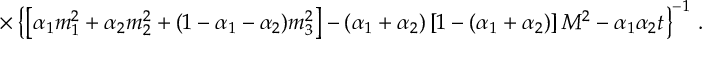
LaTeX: \times \left\{ \left[ \alpha _ { 1 } m _ { 1 } ^ { 2 } + \alpha _ { 2 } m _ { 2 } ^ { 2 } + ( 1 - \alpha _ { 1 } - \alpha _ { 2 } ) m _ { 3 } ^ { 2 } \right] - ( \alpha _ { 1 } + \alpha _ { 2 } ) \left[ 1 - ( \alpha _ { 1 } + \alpha _ { 2 } ) \right] M ^ { 2 } - \alpha _ { 1 } \alpha _ { 2 } t \right\} ^ { - 1 } \, .